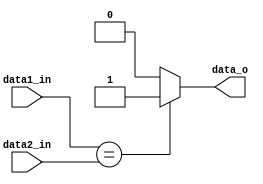
module Equal(
    data1_in, 	
    data2_in,	
    data_o		
);

// Ports
input   [31:0] data1_in;
input   [31:0] data2_in;
output  data_o;

assign  data_o = (data1_in == data2_in)?1'b1:1'b0;

endmodule